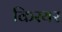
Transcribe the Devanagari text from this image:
किरयर